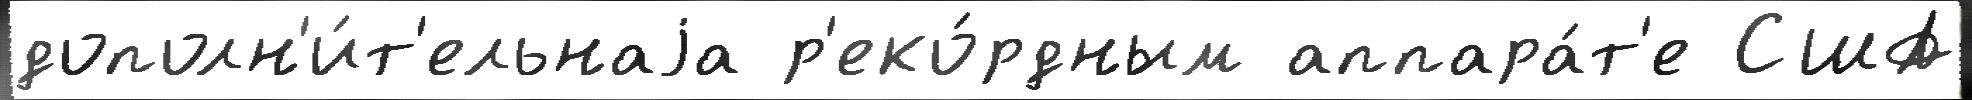
дополн'и́т'ельнаjа р'еко́рдным аппара́т'е США